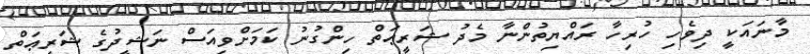
މާނައަކީ ދިވެހި ހުރިހާ ރައްޔިތުންނާ މެދު ޝަރީޢަތް ހިންގުނު ކަމަށްވިއަސް ނަޝީދުގެ ޝަރީޢަތް